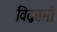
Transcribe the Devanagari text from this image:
विद्वत्तमो